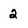
Character: 2